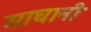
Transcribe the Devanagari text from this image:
माघानी